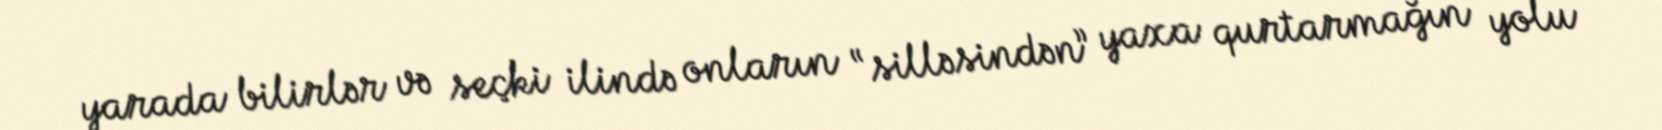
yarada bilirlər və seçki ilində onların “silləsindən” yaxa qurtarmağın yolu